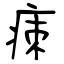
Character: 㾊